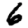
Digit: 6